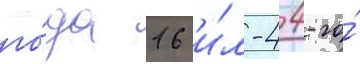
го́да 16 и́л-4 4-го́